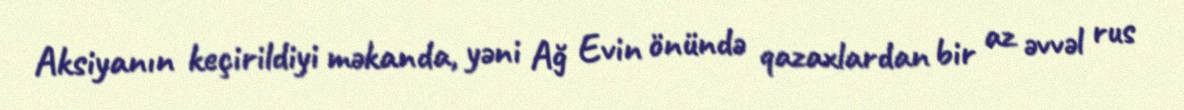
Aksiyanın keçirildiyi məkanda, yəni Ağ Evin önündə qazaxlardan bir az əvvəl rus